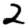
Digit: 2